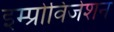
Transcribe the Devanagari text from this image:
इम्प्रोविजेशन